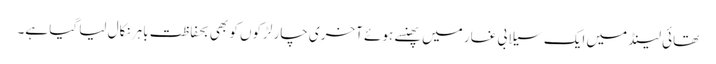
تھائی لینڈ میں ایک سیلابی غار میں پھنسے ہوئے آخری چار لڑکوں کو بھی بحفاظت باہر نکال لیا گیا ہے۔